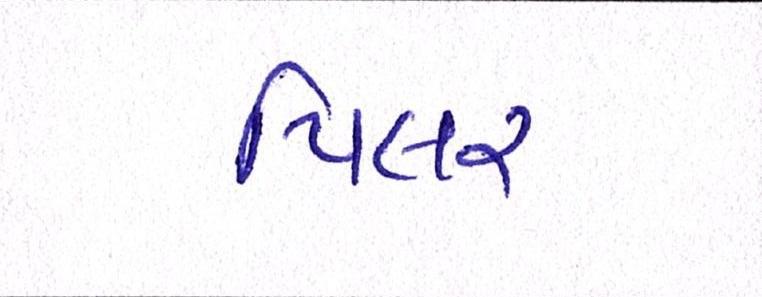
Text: પિલર